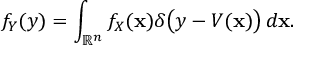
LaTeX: f _ { Y } ( y ) = \int _ { { \mathbb { R } } ^ { n } } f _ { X } ( \mathbf { x } ) \delta { \big ( } y - V ( \mathbf { x } ) { \big ) } \, d \mathbf { x } .